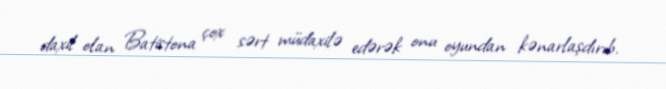
daxil olan Batistona çox sərt müdaxilə edərək onu oyundan kənarlaşdırıb.